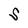
Character: S